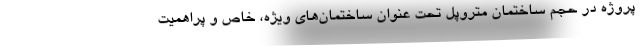
پروژه در حجم ساختمان متروپل تحت عنوان ساختمان‌های ویژه، خاص و پراهمیت